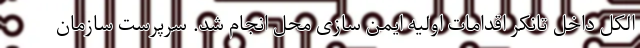
الکل داخل تانکر اقدامات اولیه ایمن سازی محل انجام شد. سرپرست سازمان